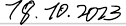
18.10.2023